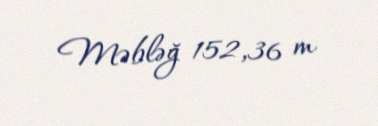
Məbləğ 152,36 m